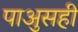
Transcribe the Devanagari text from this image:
पाअुसही